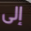
إلى